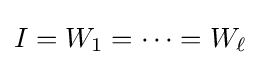
I=W_{1}=\cdots =W_{\ell }